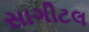
સાગીટલ